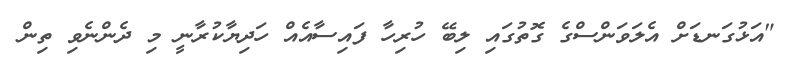
"އަޅުގަނޑަށް އެލަވަންސްގެ ގޮތުގައި ލިބޭ ހުރިހާ ފައިސާއެއް ހަދިޔާކުރާނީ މި ދެންނެވި ތިން